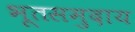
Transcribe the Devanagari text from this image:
भूतसमुदाय